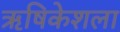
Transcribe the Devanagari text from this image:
ऋषिकेशला